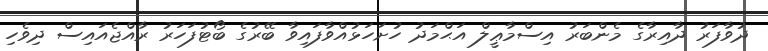
ދުވާފަރު ދާއިރާގެ މެންބަރު އިސްމާޢީލް އަޙްމަދު ހުށަހަޅުއްވާފައިވާ ބޭރުގެ ބޯޓުފަހަރު ރާއްޖެއައިސް ދިވެހި